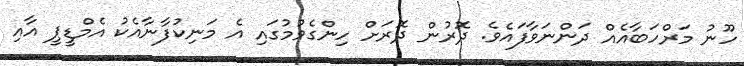
ހޫނު މަރްހަބާއެއް ދަންނަވާފައެވެ. ދޮރުން ދޮރަށް ހިންގެވުމުގައި އެ މަނިކުފާނާއެކު އެމްޑީޕީ އާއި